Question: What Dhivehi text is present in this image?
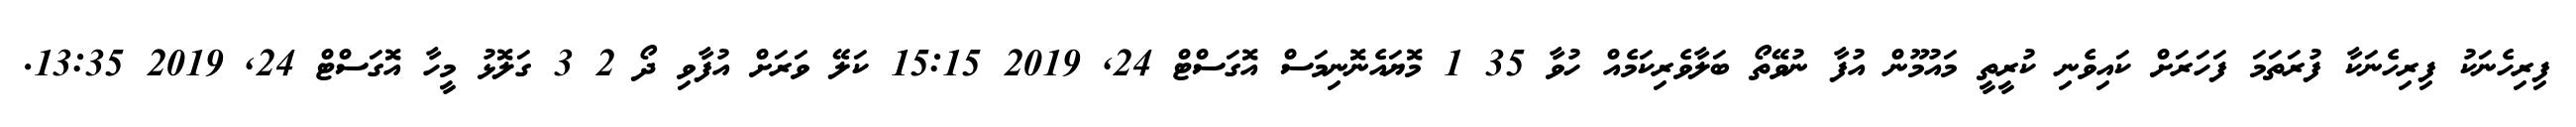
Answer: ފިރިހެނަކު ފިރިހެނަކާ ފުރަތަމަ ފަހަރަށް ކައިވެނި ކުރީތީ މައުމޫން އުފާ ނުވޭތޯ ބަލާވެރިކަމެއް ހުވާ 35 1 މޮޔައެނޮނިމަސް އޮގަސްޓް 24, 2019 15:15 ކަލޭ ވަރަށް އުފާވި ދޯ 2 3 ގަލޮޅު މީހާ އޮގަސްޓް 24, 2019 13:35.